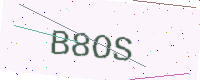
Text: B8OS